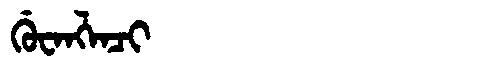
Manchu: ᡤᡠᠸᠠᠩᠯᠠᠴᡳ
Romanization: GUWANGLACI